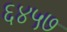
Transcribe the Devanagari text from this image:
६४५७